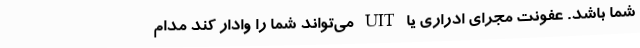
شما باشد. عفونت مجرای ادراری یا UIT می‌تواند شما را وادار کند مدام